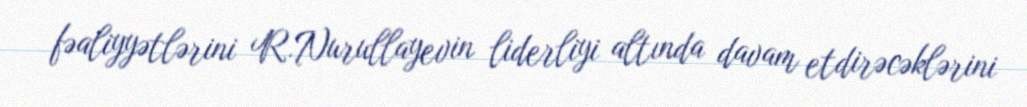
fəaliyyətlərini R.Nurullayevin liderliyi altında davam etdirəcəklərini